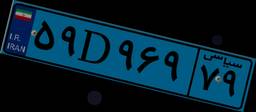
۵۹D۹۶۹۷۹